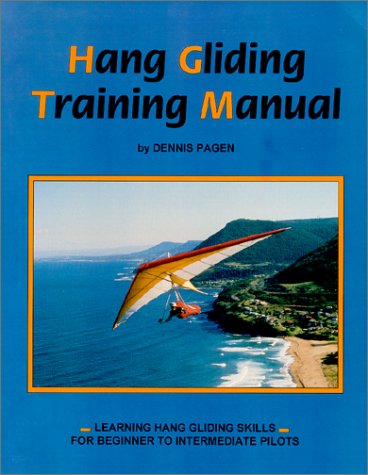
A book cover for Hang Gliding Training Manual: Learning Hang Gliding Skills for Beginner to Intermediate Pilots; Dennis Pagen; Sports & Outdoors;